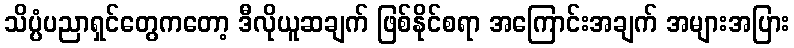
သိပ္ပံပညာရှင်တွေကတော့ ဒီလိုယူဆချက် ဖြစ်နိုင်စရာ အကြောင်းအချက် အများအပြား